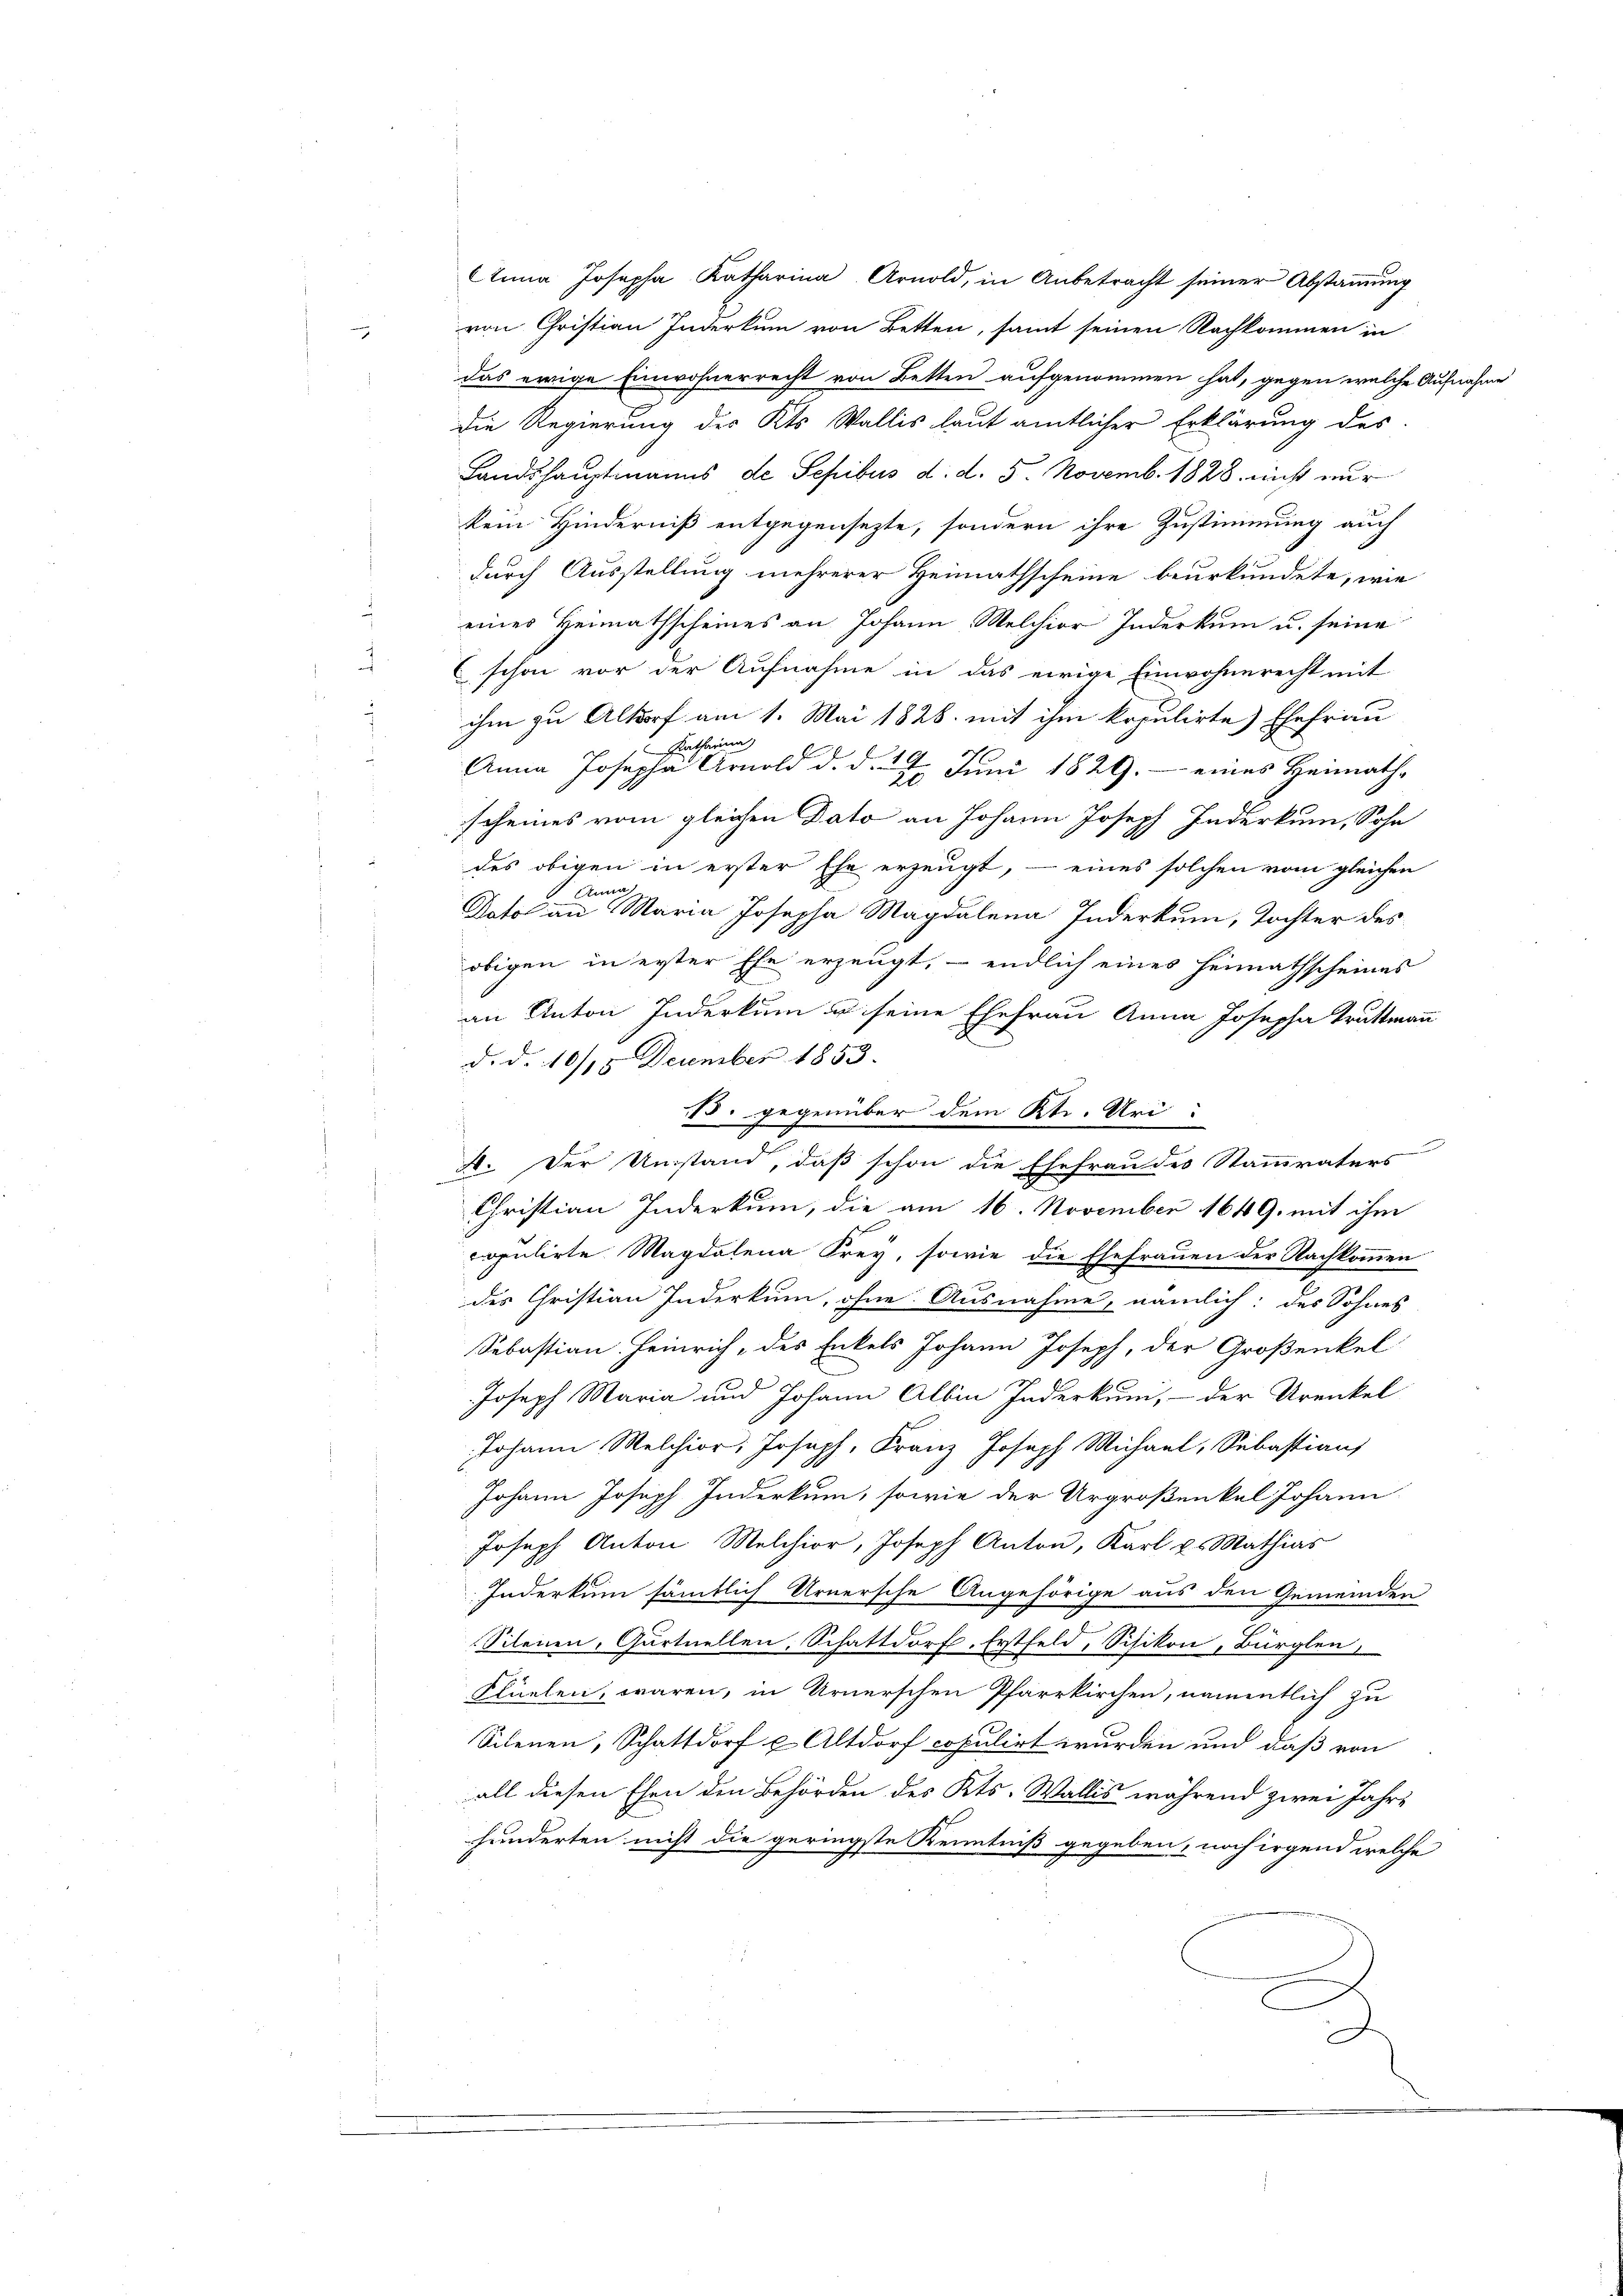
9

Anna Josepha Katharina Arnold, in Anbetracht seiner Abstammung
von Christian Inderkum von Betten, samt seinen Nachkommen in
das ewige Einwohnerrecht von Betten aufgenommen hat, gegen welche Aufnahme
Die Regierung des Kts. Wallis laut amtlicher Erklärung des
Landshauptmanns de Sepibus d. d. 5. Novemb. 1828. nicht nur
kein Hinderniß entgegensezte, sondern ihre Zustimmung auch
durch Ausstellung mehrerer Heimathscheine beurkundete, wie
eines Heimathscheines an Johann Melchior Inderkum u. seine
schon vor der Aufnahme in das einige Einwohnerecht mit
ihm zu Altorf am 1. Mai 1826. mit ihm kopulirte Ehefrau
Flatharina
Anna Josepha Arnold d. d. 4. Juni 1829.- eines Heimath-
scheines vom gleichen Dato an Johann Joseph Inderkum, Sohn
des obigen in erster Ehe erzeugt, - eines solchen vom gleichen
 Anna,
Dato an Maria Josepha Magdalena Inderkum, Tochter des
obigen in erster Ehe erzeugt, - endlich eines Heimathscheines
an Anton Inderkum u. seine Ehefrau Anna Josepha Truttmann
d. d. 10/15 December 1853.
N. gegenüber dem Rt. Uri
A. Der Umstand, daß schon die Ehefrau des Stammvaters
Christian Inderkum, die am 16. November 1649. mit ihm
copulirte Magdalena Frey, sowie die Ehefrauen der Nachkommen
des Christian Inderkum, ohne Ausnahme, nämlich: des Sohnes
Sebastian Heinrich, des Enkels Johann Joseph, der Großenkel
Joseph Maria und Johann Albin Inderkum, - der Urenkel
Johann Melchior. Joseph, Franz Joseph Michael, Sebastians
Johann Joseph Inderkum, sowie der Urgroßenkel Johann
Joseph Anton Melchior, Joseph Anton, Karl u. Mathias
Inderkum sämmtlich Urnersche Angehörige aus den Gemeinden
Silenen, Gartuellen, Schattdorf. Erstfeld, Silikon, Bürglen,
Flüelen, waren, in Urnerschen Pfarrkirchen, namentlich zu
Silenen, Schattdorf & Altdorf copulirt wurden und daß von
all diesen Ehen den Behörden des Kts. Wallis während zwei Jahre
hunderten nicht die geringste Kenntniß gegeben, noch irgend welche
E